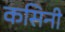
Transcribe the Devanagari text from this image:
कसिनी